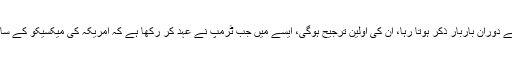
امی گریشن اصلاحات کا اہم معاملہ، جس کا ٹرمپ کی انتخابی مہم کے دوران باربار ذکر ہوتا رہا، ان کی اولین ترجیح ہوگی، ایسے میں جب ٹرمپ نے عہد کر رکھا ہے کہ امریکہ کی میکسیکو کے ساتھ سرحد پر دیوار تعمیر کی جائے گی، جسے پھلانگنا نا ممکن ہوگا۔